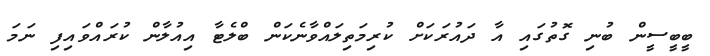
ބީބީސީން ބުނި ގޮތުގައި އާ ދައުރަކަށް ކުރިމަތިލައްވާނެކަން ބްލެޓާ އިއުލާން ކުރައްވައިފި ނަމަ